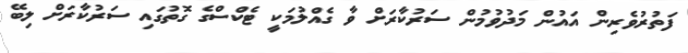
ފަތުރުވެރިން އައުން މަދުވުމުން ސަރުކާރަށް ވާ ގެއްލުމަކީ ޓެކްސްގެ ގޮތުގައި ސަރުކާރަށް ލިބޭ